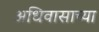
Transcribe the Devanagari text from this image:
अधिवासाच्या